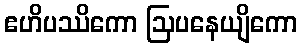
ဧဟိပဿိကော ဩပနေယျိကော